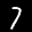
Label: 7